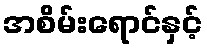
အစိမ်းရောင်နှင့်